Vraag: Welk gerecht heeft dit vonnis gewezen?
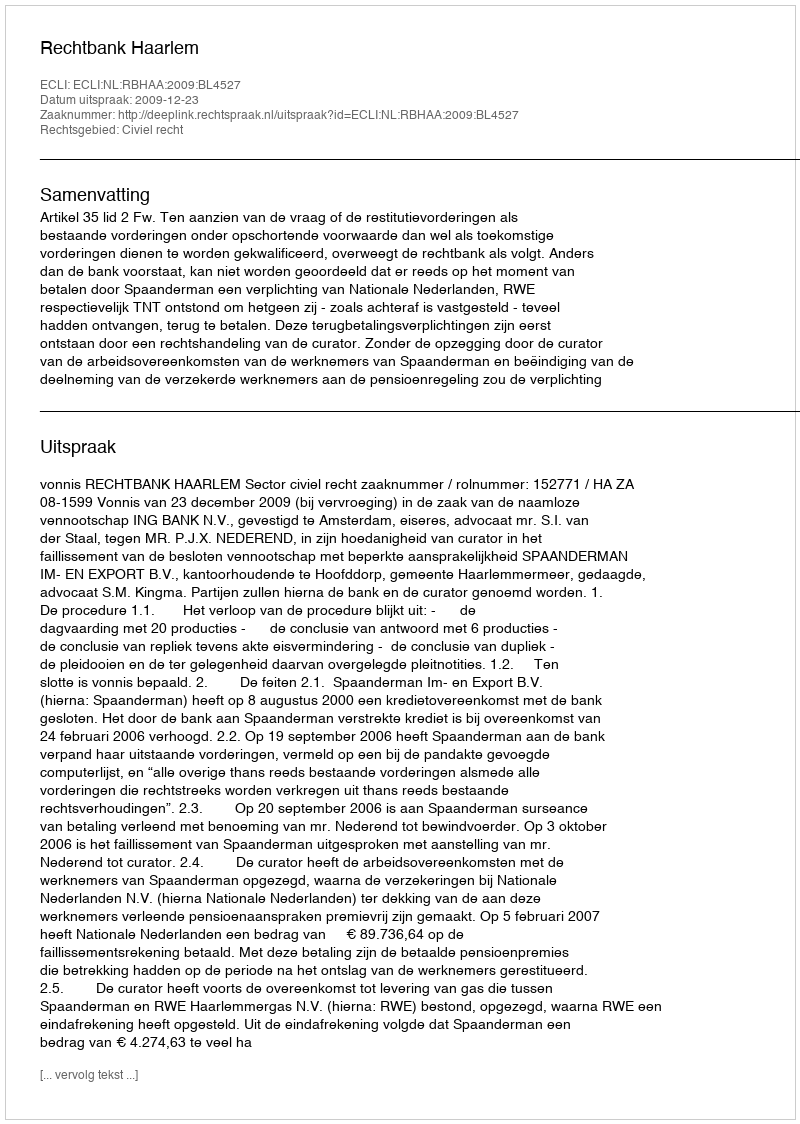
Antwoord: Rechtbank Haarlem